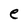
Character: e